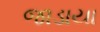
જાડાયા